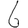
Digit: 6